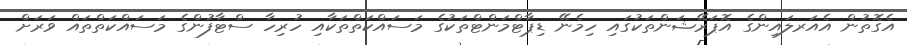
އެގޮތުން އެއަރލައިންގެ އޮޕަރޭޝަންތަކުގައި ހިމެނޭ ޑިޕާޓްމަންޓްތަކުގެ މަސައްކަތްތަކާއި ހުރިހާ ސްޓާފުންގެ މަސައްކަތްތައް ވަރަށް